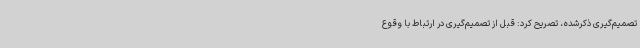
تصمیم‌گیری ذکرشده، تصریح کرد: قبل از تصمیم‌گیری در ارتباط با وقوع